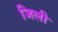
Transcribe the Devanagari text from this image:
जिली